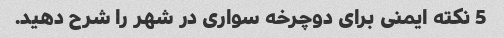
5 نکته ایمنی برای دوچرخه سواری در شهر را شرح دهید.